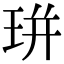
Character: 㻂